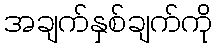
အချက်နှစ်ချက်ကို